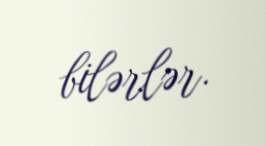
bilərlər.